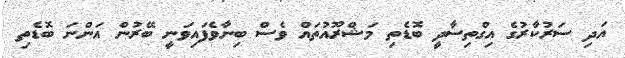
އަދި ސަރުކާރުގެ އިގްތިސާދީ ބޮޑެތި މަޝްރޫއުތައް ވެސް ބިނާވެފައިވަނީ ބޭރުން އަންނަ ބޮޑެތި